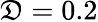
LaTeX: \mathfrak{D}=0.2